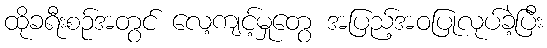
ထိုခရီးစဉ်အတွင် လေ့ကျင့်မှုတွေ အပြည့်အဝပြုလုပ်ခဲ့ပြီး